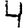
Digit: 4